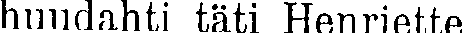
huudahti täti Henriette